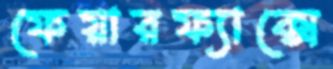
ফেয়ারফ্যাক্সে